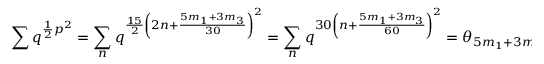
\sum q ^ { \frac { 1 } { 2 } p ^ { 2 } } = \sum _ { n } q ^ { \frac { 1 5 } { 2 } \left( 2 n + \frac { 5 m _ { 1 } + 3 m _ { 3 } } { 3 0 } \right) ^ { 2 } } = \sum _ { n } q ^ { 3 0 \left( n + \frac { 5 m _ { 1 } + 3 m _ { 3 } } { 6 0 } \right) ^ { 2 } } = \theta _ { 5 m _ { 1 } + 3 m _ { 3 } , 3 0 } \: ( \tau ) .